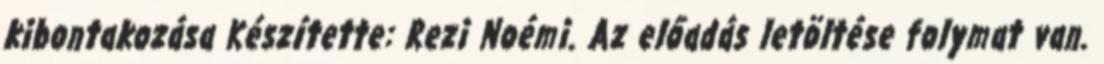
kibontakozása Készítette: Rezi Noémi. Az előadás letöltése folymat van.